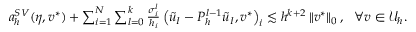
\begin{array} { r } { a _ { h } ^ { S V } ( \eta , v ^ { * } ) + \sum _ { i = 1 } ^ { N } \sum _ { l = 0 } ^ { k } \frac { \sigma _ { i } ^ { l } } { h _ { i } } \left( \widetilde { u } _ { I } - P _ { h } ^ { l - 1 } \widetilde { u } _ { I } , v ^ { * } \right) _ { i } \lesssim h ^ { k + 2 } \left\lVert v ^ { * } \right\rVert _ { 0 } , \ \ \forall v \in \mathcal U _ { h } . } \end{array}